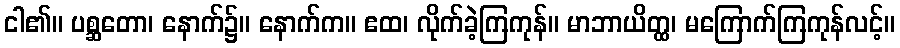
ငါ၏။ ပစ္ဆတော၊ နောက်၌။ နောက်က။ ဧထ၊ လိုက်ခဲ့ကြကုန်။ မာဘာယိတ္ထ၊ မကြောက်ကြကုန်လင့်။